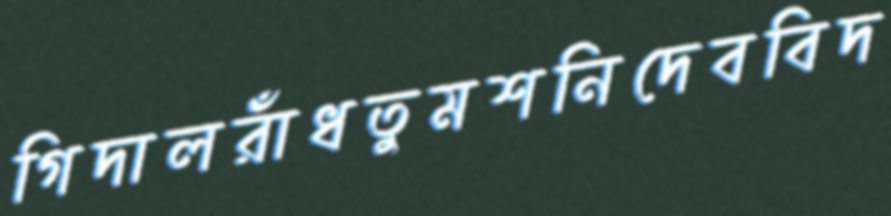
গিদালরাঁধতুমশনিদেববিদ